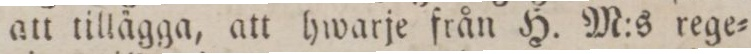
att tillägga, att hwarje från H. M:s rege=